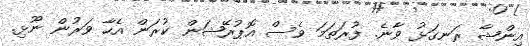
އިންޝާ ރަނގަޅު ވާނެ. ފުރަތަމަ ވެސް އޮޕުރޭޝަން ކުރަން އެހާ ވަރުން ނޫޅި.